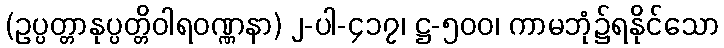
(ဥပ္ပတ္တာနုပ္ပတ္တိဝါရဝဏ္ဏနာ) ၂-ပါ-၄၁၇၊ ဋ္ဌ-၅၀၀၊ ကာမဘုံ၌ရနိုင်သော